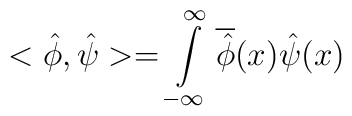
<\hat{\phi}, \hat{\psi}> = \int\limits_{-\infty}^{\infty}\overline{\hat{\phi}}(x) \hat{\psi}(x)